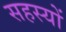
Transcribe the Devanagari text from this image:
सहस्यों